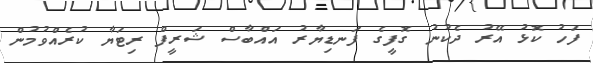
ފަހު ކޮޅު އޭރު ދެކުނު ގޮފީގެ ފަނޑިޔާރު އައްބާސް ޝަރީފް ރިޓަޔާ ކުރެއްވުމުން